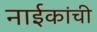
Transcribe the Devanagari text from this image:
नाईकांची